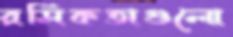
রসিকতাগুলো